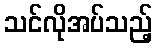
သင်လိုအပ်သည့်